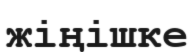
жіңішке